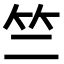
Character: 竺